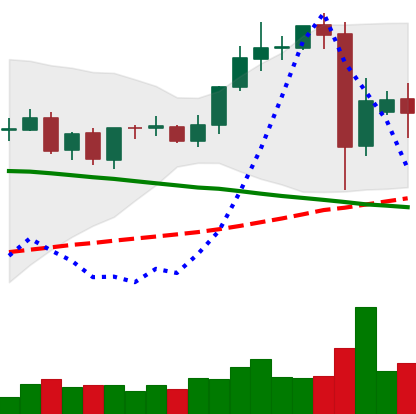
Ticker: TRX-USD
Chart end date: 2021-09-10
Forward return: 33.063%
Label: up_7plus